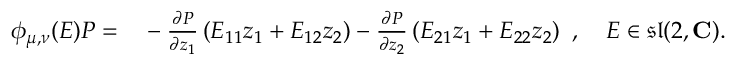
{ \begin{array} { r l } { \phi _ { \mu , \nu } ( E ) P = } & { { } - { \frac { \partial P } { \partial z _ { 1 } } } \left( E _ { 1 1 } z _ { 1 } + E _ { 1 2 } z _ { 2 } \right) - { \frac { \partial P } { \partial z _ { 2 } } } \left( E _ { 2 1 } z _ { 1 } + E _ { 2 2 } z _ { 2 } \right) } \end{array} } , \quad E \in { \mathfrak { s l } } ( 2 , \mathbf { C } ) .